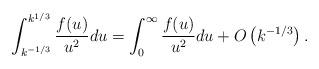
LaTeX: \begin{align*} \int_{k^{-1/3}}^{k^{1/3}}\frac{f(u)}{u^2}du= \int_0^{\infty} \frac{f(u)}{u^2}du +O\left(k^{-1/3}\right).\end{align*}